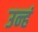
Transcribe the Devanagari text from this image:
उन्हं